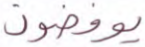
يوفضون